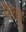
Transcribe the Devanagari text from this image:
कबहु